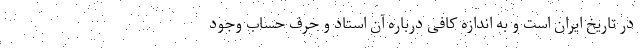
در تاریخ ایران است و به اندازه کافی درباره آن استاد و حرف حساب وجود